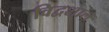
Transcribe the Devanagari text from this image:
विद्वशाल